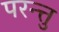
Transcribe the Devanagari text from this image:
परन्त्तु